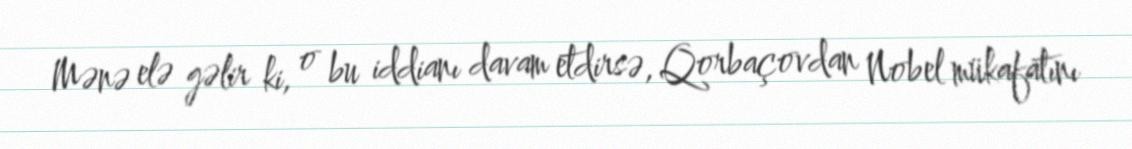
Mənə elə gəlir ki, o bu iddianı davam etdirsə, Qorbaçovdan Nobel mükafatını